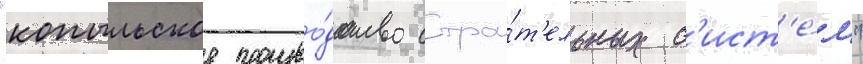
"копыльское произво́дство строи́т'ельных с'ист'е́м"